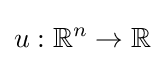
u:\mathbb {R} ^{n}\to \mathbb {R}